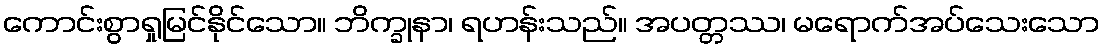
ကောင်းစွာရှုမြင်နိုင်သော။ ဘိက္ခုနာ၊ ရဟန်းသည်။ အပတ္တဿ၊ မရောက်အပ်သေးသော